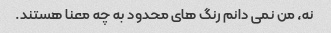
نه، من نمی دانم رنگ های محدود به چه معنا هستند.